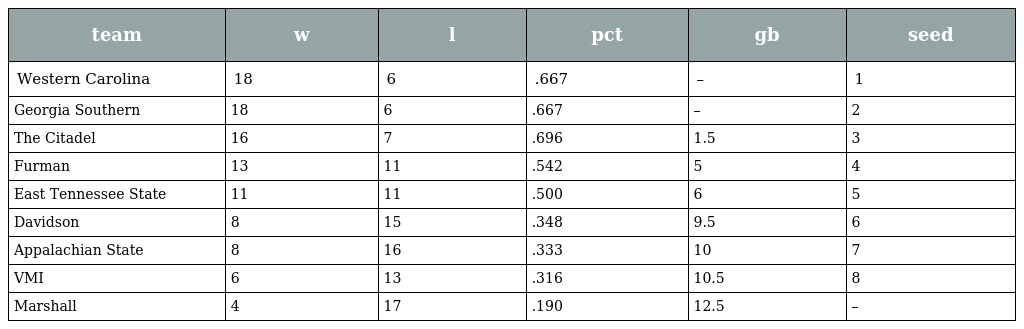
| team | w | l | pct | gb | seed |
 | --- | --- | --- | --- | --- | --- |
 | Western Carolina | 18 | 6 | .667 | – | 1 |
 | Georgia Southern | 18 | 6 | .667 | – | 2 |
 | The Citadel | 16 | 7 | .696 | 1.5 | 3 |
 | Furman | 13 | 11 | .542 | 5 | 4 |
 | East Tennessee State | 11 | 11 | .500 | 6 | 5 |
 | Davidson | 8 | 15 | .348 | 9.5 | 6 |
 | Appalachian State | 8 | 16 | .333 | 10 | 7 |
 | VMI | 6 | 13 | .316 | 10.5 | 8 |
 | Marshall | 4 | 17 | .190 | 12.5 | – |